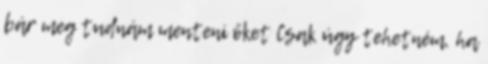
bár meg tudnám menteni őket Csak úgy tehetném, ha